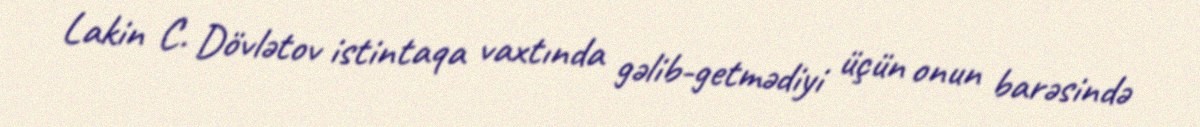
Lakin C. Dövlətov istintaqa vaxtında gəlib-getmədiyi üçün onun barəsində